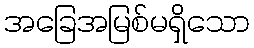
အခြေအမြစ်မရှိသော